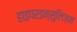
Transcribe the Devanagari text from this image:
हाइपरइन्सुलिज़म